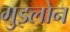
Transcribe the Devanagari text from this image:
गुइलोन